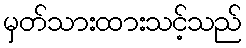
မှတ်သားထားသင့်သည်